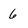
Character: 6